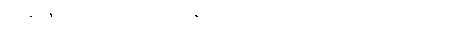
အပရာဇိတောဂဟပတိ၊ အပရာဇိတမည်သောဒါယကာသည်။ ဘာတိကတ္ထေရံ၊